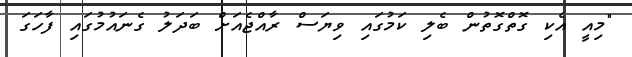
"މިއީ އެކި ގޮތްގޮތުން ބެލި ކަމުގައި ވިޔަސް ރާއްޖެއަށް ބަދަލު ގެނައުމުގައި ފާހަގަ